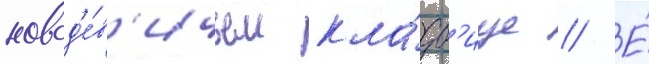
новод'е́в'ичьем кла́дб'ище // Е́